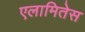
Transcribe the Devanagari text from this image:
एलामितेस